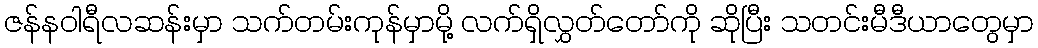
ဇန်နဝါရီလဆန်းမှာ သက်တမ်းကုန်မှာမို့ လက်ရှိလွှတ်တော်ကို ဆိုပြီး သတင်းမီဒီယာတွေမှာ